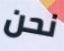
نحن